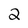
Character: 2